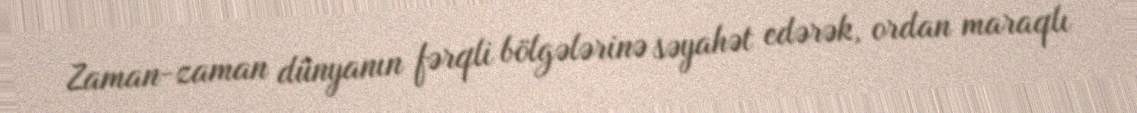
Zaman-zaman dünyanın fərqli bölgələrinə səyahət edərək, ordan maraqlı